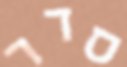
סדר